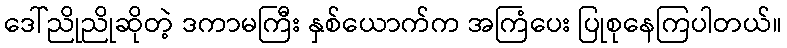
ဒေါ်ညိုညိုဆိုတဲ့ ဒကာမကြီး နှစ်ယောက်က အကြံပေး ပြုစုနေကြပါတယ်။